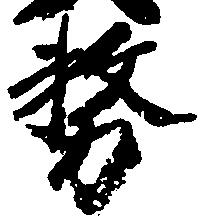
務